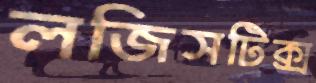
লজিসটিক্স